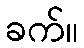
ခက်။